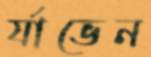
র‍্যাভেন